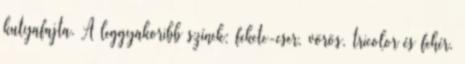
kutyafajta. A leggyakoribb színek: fekete-cser, vörös, tricolor és fehér.